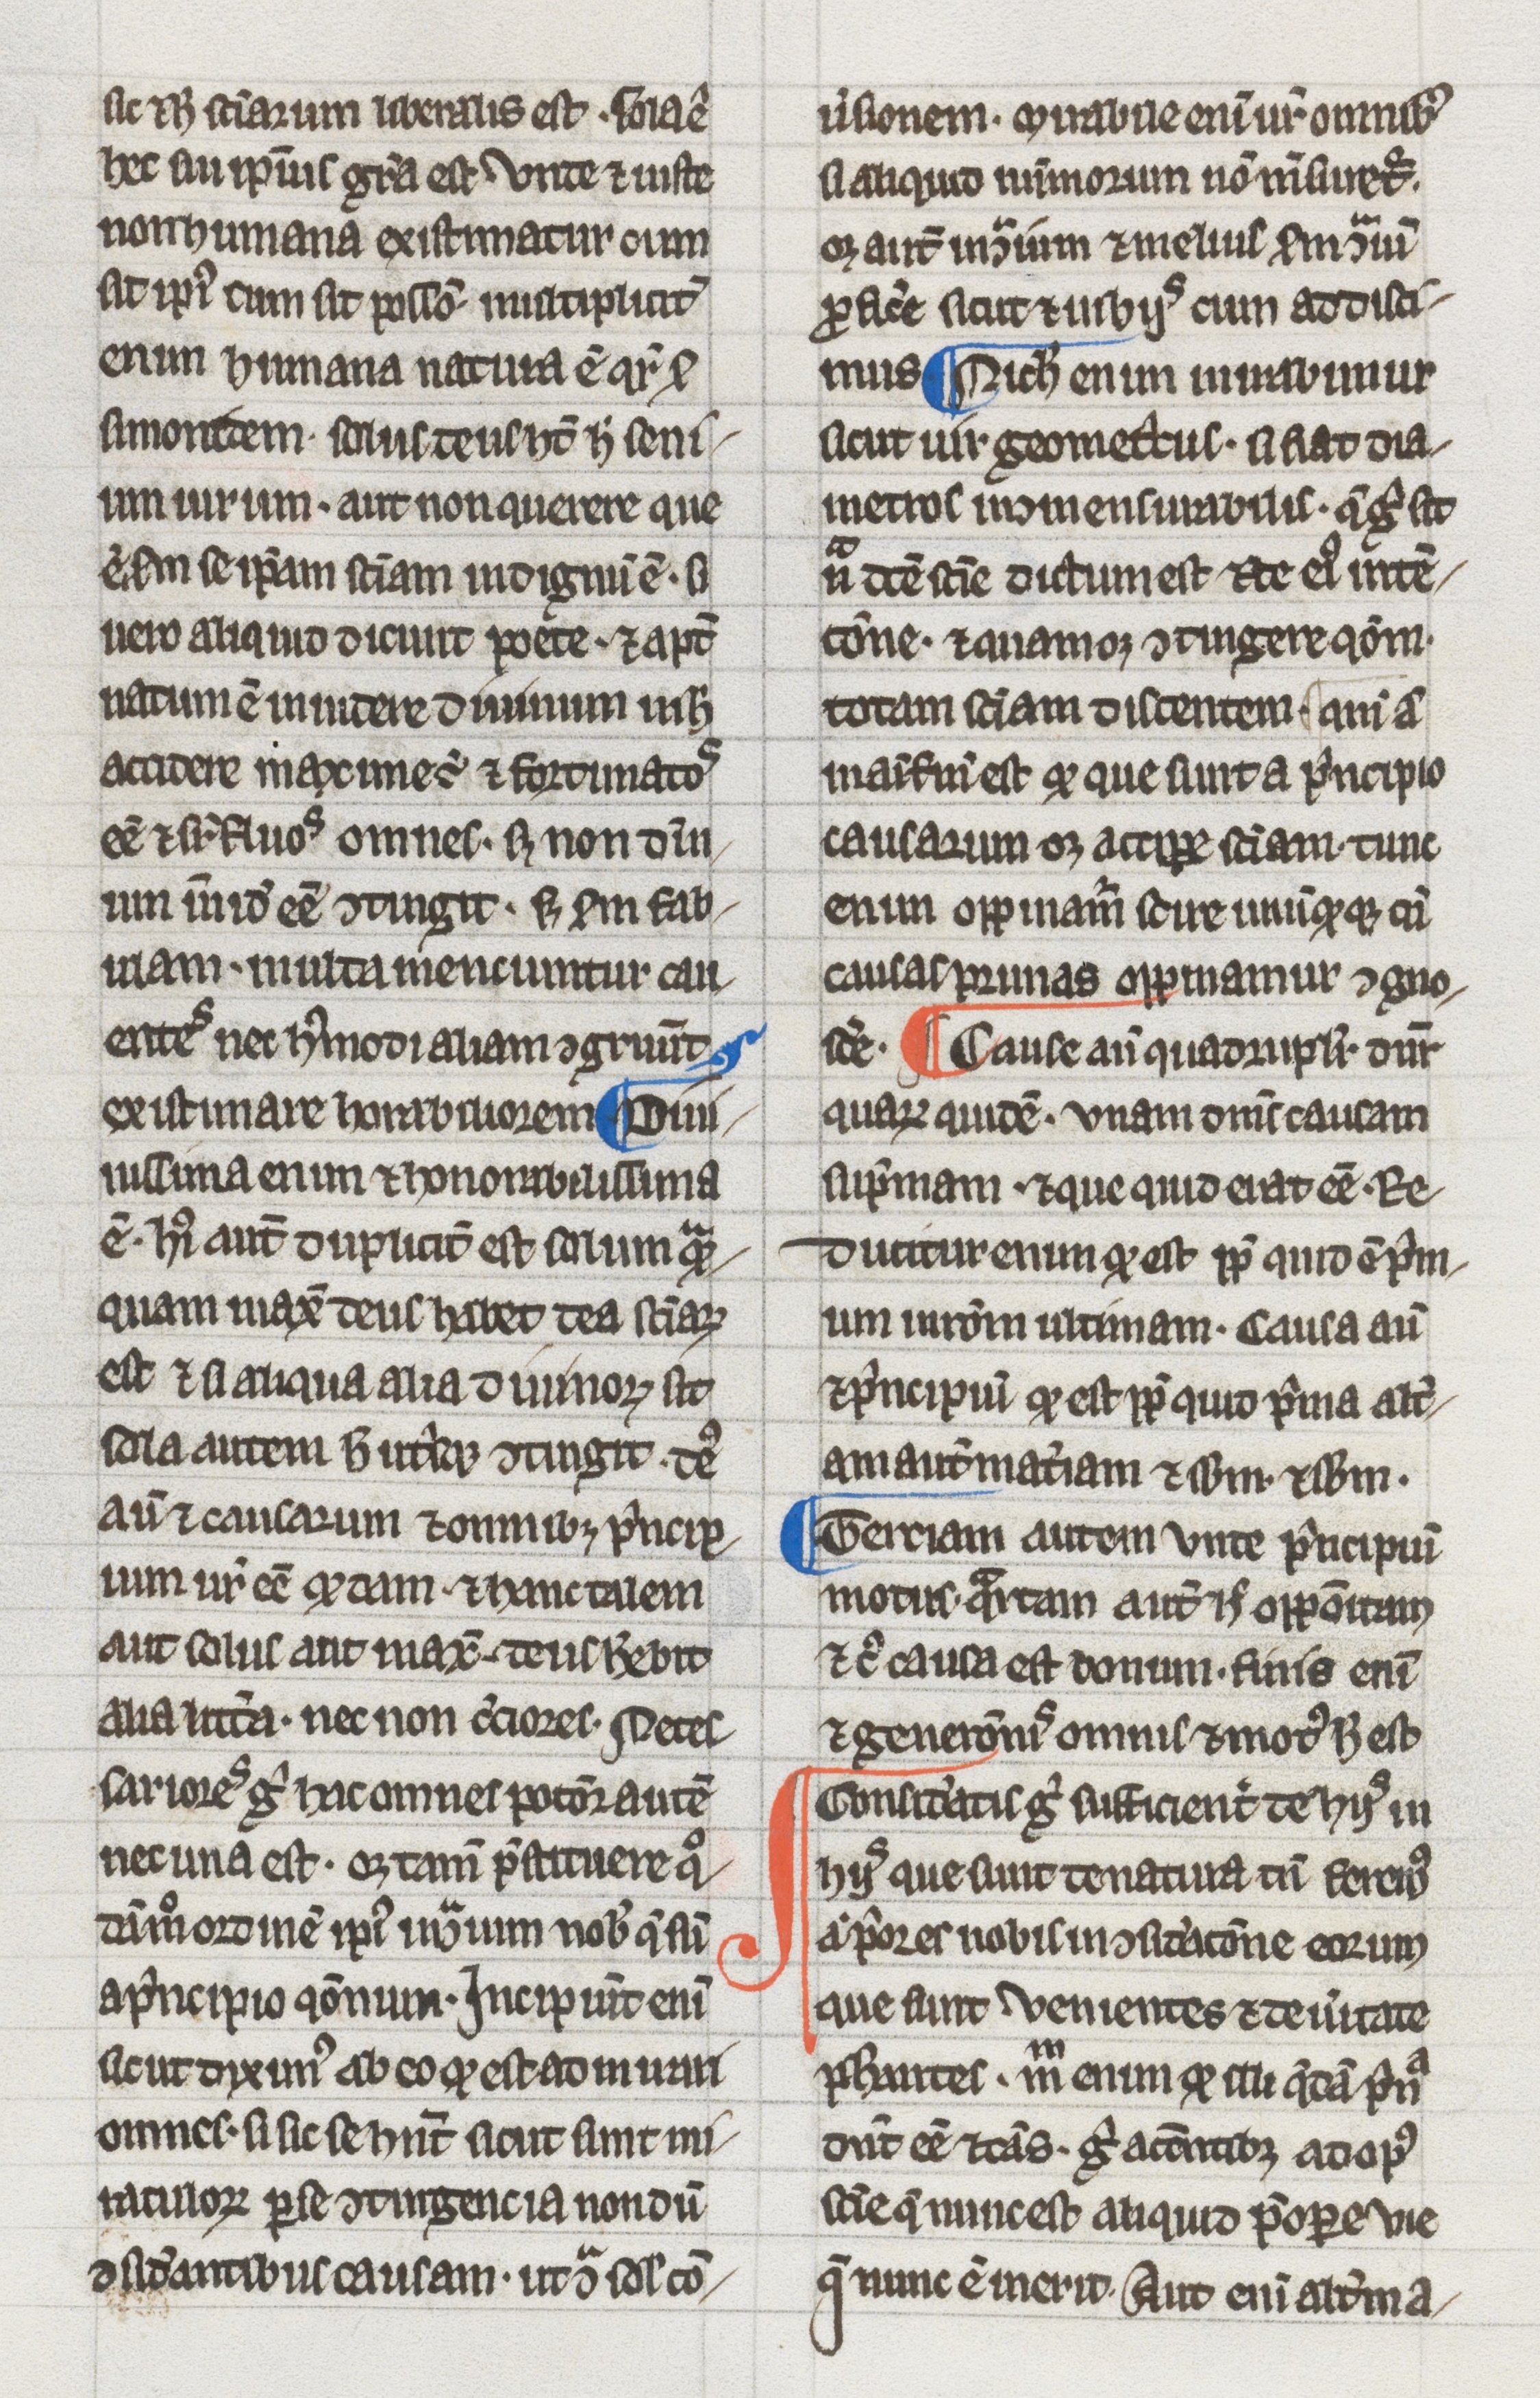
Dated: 1275–1299